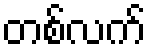
တစ်လက်